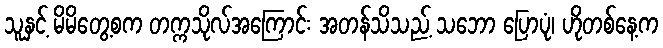
သူနှင့် မိမိတွေ့စက တက္ကသိုလ်အကြောင်း အတန်သိသည့် သဘော ပြောပုံ၊ ဟိုတစ်နေ့က